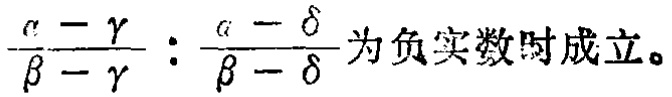
$\frac{\alpha - \gamma}{\beta - \gamma}:\frac{\alpha - \delta}{\beta - \delta}为负实数时成立。$